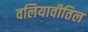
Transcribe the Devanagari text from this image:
वलियावीतिल